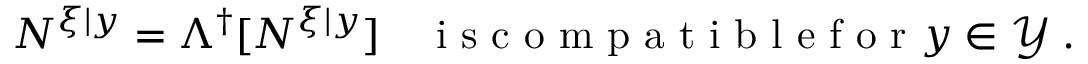
\begin{array} { r } { N ^ { \xi | y } = \Lambda ^ { \dagger } [ N ^ { \xi | y } ] \quad \mathrm { ~ i ~ s ~ c ~ o ~ m ~ p ~ a ~ t ~ i ~ b ~ l ~ e ~ f ~ o ~ r ~ } y \in \mathcal { Y } \; . } \end{array}